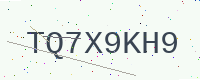
Text: TQ7X9KH9